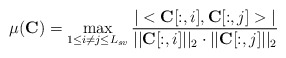
\begin{align*}\mu (\mathbf{C}) = \max_{1 \leq i \neq j \leq L_{sv}} \frac{ \vert <\mathbf{C}[:,i],\mathbf{C}[:,j]> \vert }{ || \mathbf{C}[:,i] ||_{2}\cdot ||\mathbf{C}[:,j]||_{2} }\end{align*}